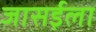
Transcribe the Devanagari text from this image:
जासईला